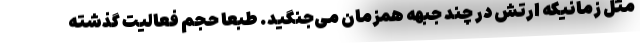
مثل زمانیکه ارتش در چند جبهه همزمان می‌جنگید. طبعا حجم فعالیت گذشته